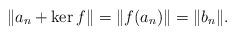
LaTeX: \begin{align*}\|a_n+\ker f\|=\|f(a_n)\|=\|b_n\|. \end{align*}